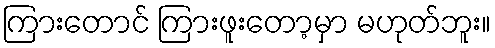
ကြားတောင် ကြားဖူးတော့မှာ မဟုတ်ဘူး။